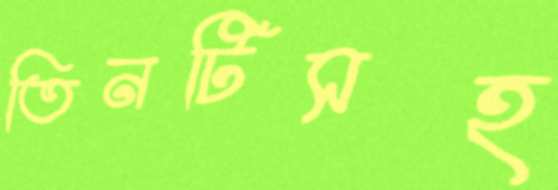
তিনটিসহ